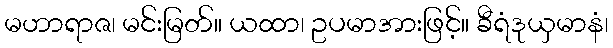
မဟာရာဇ၊ မင်းမြတ်။ ယထာ၊ ဥပမာအားဖြင့်။ ခီရံဒုယှမာနံ၊